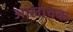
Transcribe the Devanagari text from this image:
आलाचक